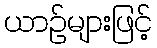
ယာဉ်များဖြင့်